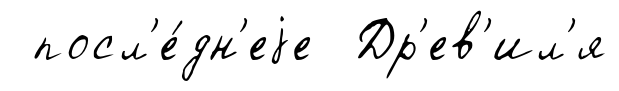
посл'е́дн'еjе Др'ев'ил'я